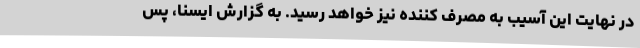
در نهایت این آسیب به مصرف کننده نیز خواهد رسید. به گزارش ایسنا، پس